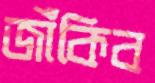
জাঁকিব